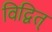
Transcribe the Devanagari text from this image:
विद्वित्